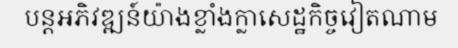
បន្តអភិវឌ្ឍន៍យ៉ាងខ្លាំងក្លាសេដ្ឋកិច្ចវៀតណាម